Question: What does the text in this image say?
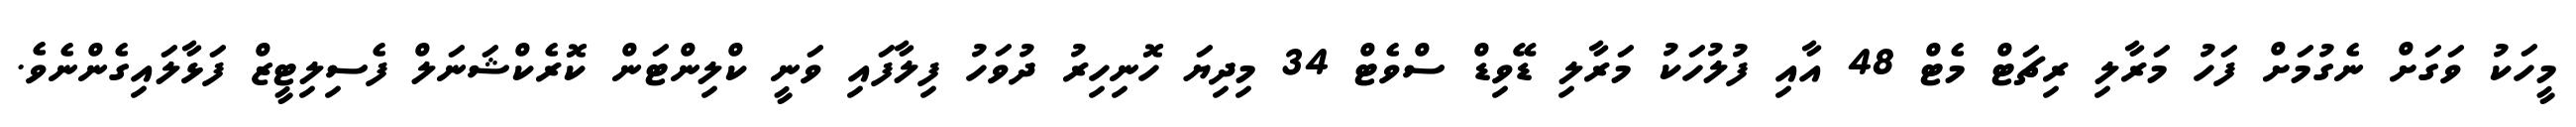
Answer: މީހަކު ވަގަށް ނެގުމަށް ފަހު މަރާލި ރިޗަޓް މެޓް 48 އާއި ފުލުހަކު މަރާލި ޑޭވިޑް ސްވެޓް 34 މިދިޔަ ހޮނިހިރު ދުވަހު ފިލާފައި ވަނީ ކްލިންޓަން ކޮރެކްޝަނަލް ފެސިލިޓީޒް ފަޅާލައިގެންނެވެ.